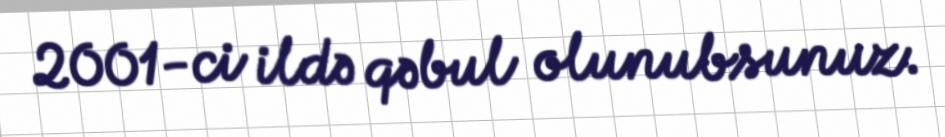
2001-ci ildə qəbul olunubsunuz.